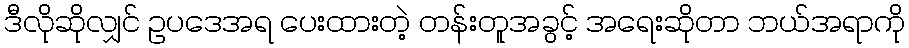
ဒီလိုဆိုလျှင် ဥပဒေအရ ပေးထားတဲ့ တန်းတူအခွင့် အရေးဆိုတာ ဘယ်အရာကို